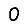
Digit: 0